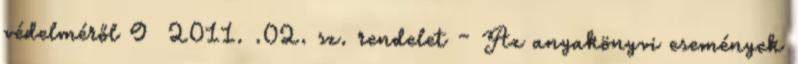
védelméről 9 2011. .02. sz. rendelet – Az anyakönyvi események